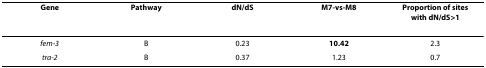
<table><thead><tr><td><b>Gene</b></td><td><b>Pathway</b></td><td><b>dN/dS</b></td><td><b>M7-vs-M8</b></td><td><b>Proportion of sites with dN/dS&gt;1</b></td></tr></thead><tbody><tr><td><i>fem-3</i></td><td>B</td><td>0.23</td><td><b>10.42</b></td><td>2.3</td></tr><tr><td><i>tra-2</i></td><td>B</td><td>0.37</td><td>1.23</td><td>0.7</td></tr></tbody></table>